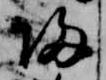
帰